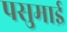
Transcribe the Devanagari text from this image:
पसुमाई